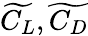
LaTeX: \displaystyle\widetilde{C_{L}},\widetilde{C_{D}}